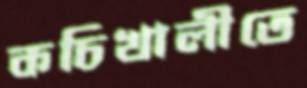
কচিখালীতে